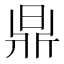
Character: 𣇓